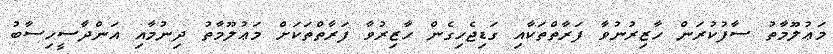
މަޢުލޫމާތު ސާފުކުރަން ހާޒިރުނުވާ ފަރާތްތަކާއި ގަޑިޖެހިގެން ހާޒިރުވާ ފަރާތްތަކަށް މަޢުލޫމާތު ދިނުމާއި އަންދާސީހިސާބު